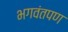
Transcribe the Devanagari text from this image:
भगवंतपण